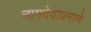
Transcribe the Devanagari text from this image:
नामदेवाप्रमाणे